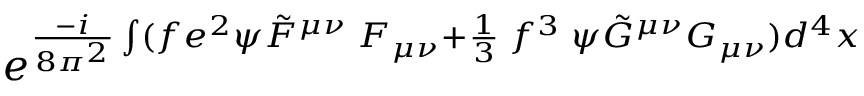
e ^ { { \frac { - i } { 8 \pi ^ { 2 } } } \int ( f e ^ { 2 } \psi \tilde { F } ^ { \mu \nu } \; F _ { \mu \nu } + { \frac { 1 } { 3 } } \; f ^ { 3 } \; \psi \tilde { G } ^ { \mu \nu } G _ { \mu \nu } ) d ^ { 4 } x }